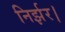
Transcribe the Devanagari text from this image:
निर्झर।